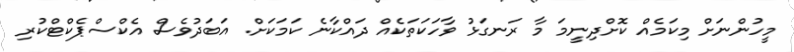
މީހުންނަށް މިކަމެއް ކޮށްދިނީމަ މާ ރަނގަޅު ވާހަކަތަކެއް ދައްކާނެ ކަމަކަށް. އަބަދުވެސް އެކްސްޕެކްޓްކުރި